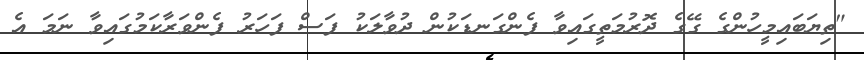
"ތިޔަބައިމީހުންގެ ގޭގެ ދޮރުމަތީގައިވާ ފެންގަނޑަކުން ދުވާލަކު ފަސް ފަހަރު ފެންވަރާކަމުގައިވާ ނަމަ އެ